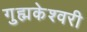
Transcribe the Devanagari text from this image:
गुह्मकेश्वरी